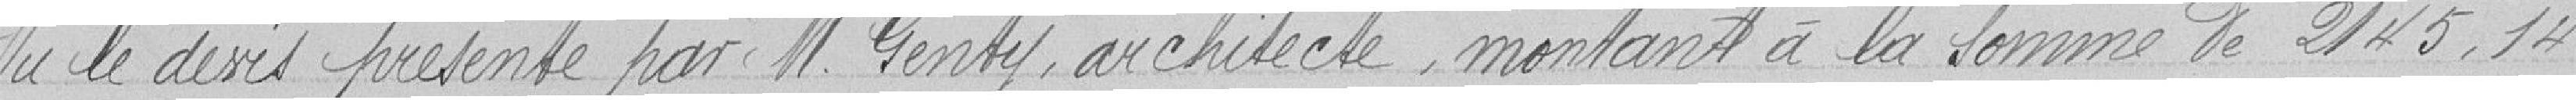
Vu le devis présenté par M. Genty, architecte, montant à la somme de 2145,14 francs.